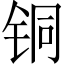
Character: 铜